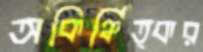
অকিঞ্চিত্কর